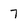
Character: 7